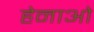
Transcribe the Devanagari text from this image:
हेनाओ